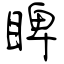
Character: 睥